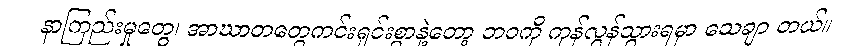
နာကြည်းမှုတွေ၊ အာဃာတတွေကင်းရှင်းစွာနဲ့တော့ ဘဝကို ကုန်လွန်သွားရမှာ သေချာ တယ်။